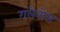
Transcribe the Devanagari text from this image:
गलेनोस